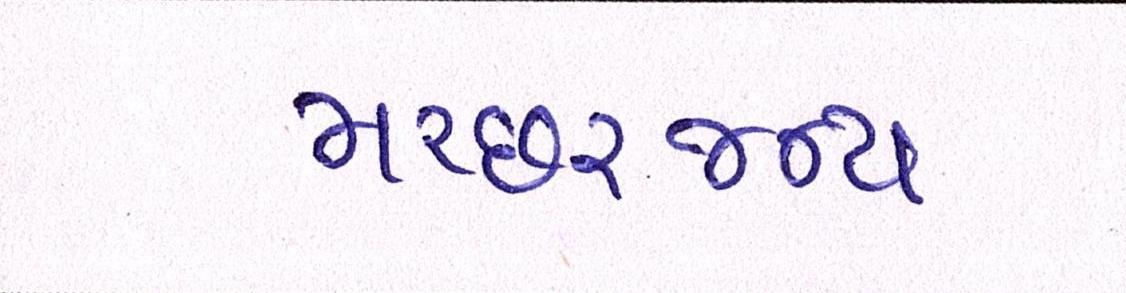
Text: મચ્છરજન્ય